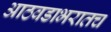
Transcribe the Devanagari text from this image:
आठवडाभरातच